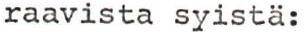
raavista syistä: